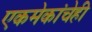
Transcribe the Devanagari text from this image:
एकमेकांचेही